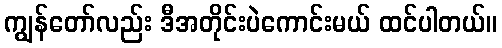
ကျွန်တော်လည်း ဒီအတိုင်းပဲကောင်းမယ် ထင်ပါတယ်။